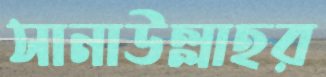
সানাউল্লাহর